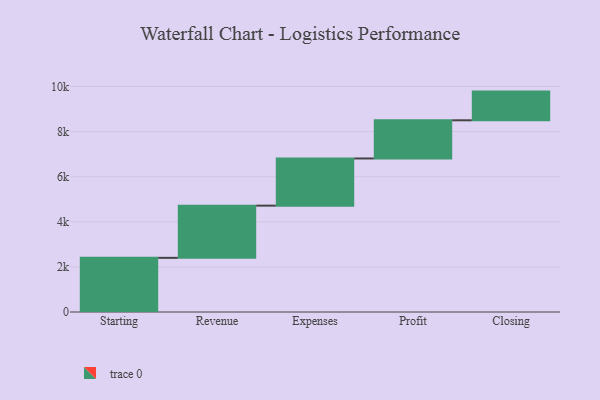
{"axis": {"x": "Step", "y": "Value"}, "legend": [""], "data": [{"x": "Starting", "y": 2401.0, "type": ""}, {"x": "Revenue", "y": 2315.0, "type": ""}, {"x": "Expenses", "y": 2092.0, "type": ""}, {"x": "Profit", "y": 1693.0, "type": ""}, {"x": "Closing", "y": 1272.0, "type": ""}]}